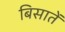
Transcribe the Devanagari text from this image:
बिसातें